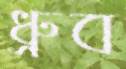
ধ্রুব